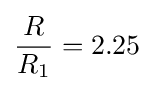
{\frac {R}{R_{1}}}=2.25